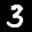
Label: 3